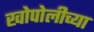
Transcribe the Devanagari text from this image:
खोपोलीच्या